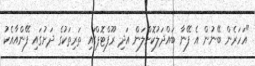
"އަހަރެން ބޭނުން އެ ފޭނާ ބައްދަލުކޮށްލަން އަދި ރޫފްޓޮޕްގައި ތަރިތަކުގެ ދަށުގައި ފޭންއާއެކު